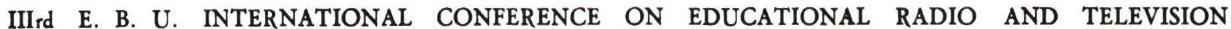
IIIrd E. B. U. INTERNATIONAL CONFERENCE ON EDUCATIONAL RADIO AND TELEVISION